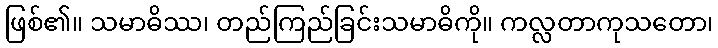
ဖြစ်၏။ သမာဓိဿ၊ တည်ကြည်ခြင်းသမာဓိကို။ ကလ္လတာကုသတော၊